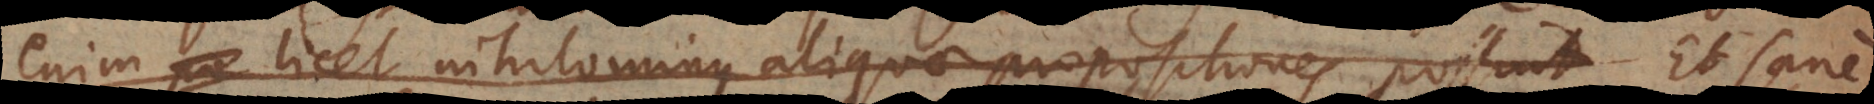
enim licet nihilominus aliquae propositiones possint Et sane